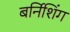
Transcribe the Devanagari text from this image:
बर्निशिंग